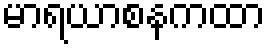
မာရယာစနကထာ